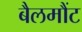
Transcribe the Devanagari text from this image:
बैलमौंट